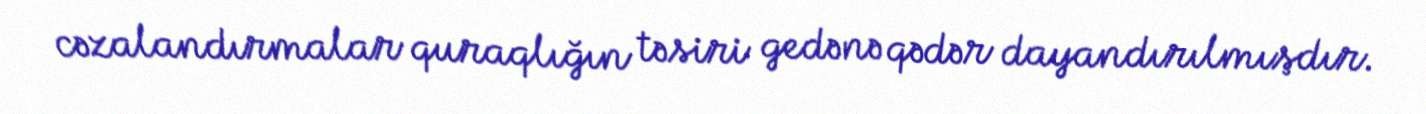
cəzalandırmalar quraqlığın təsiri gedənə qədər dayandırılmışdır.